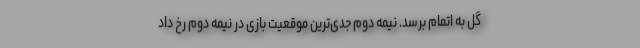
گل به اتمام برسد. نیمه دوم جدی‌ترین موقعیت بازی در نیمه دوم رخ داد